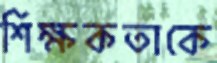
শিক্ষকতাকে